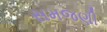
સમજણી